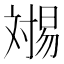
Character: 𬁏